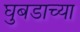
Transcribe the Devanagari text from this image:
घुबडाच्या